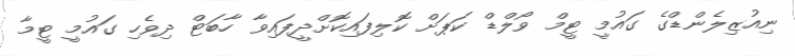
ނިއުޒިލެންޑްގެ ގައުމީ ޓީމް ވޯލްޑް ކަޕަށް ކޮލިފައިކޮށްދީފައިވާ ހާބަޓް ދިވެހި ގައުމީ ޓީމާ